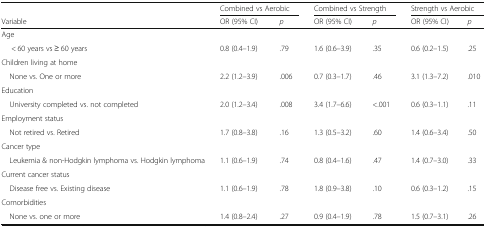
<table><thead><tr><td></td><td colspan="2"><b>Combined vs Aerobic</b></td><td colspan="2"><b>Combined vs Strength</b></td><td colspan="2"><b>Strength vs Aerobic</b></td></tr><tr><td><b>Variable</b></td><td><b>OR (95% CI)</b></td><td><b><i>p</i></b></td><td><b>OR (95% CI)</b></td><td><b><i>p</i></b></td><td><b>OR (95% CI)</b></td><td><b><i>p</i></b></td></tr></thead><tbody><tr><td colspan="7">Age</td></tr><tr><td>&lt; 60 years vs ≥ 60 years</td><td>0.8 (0.4–1.9)</td><td>.79</td><td>1.6 (0.6–3.9)</td><td>.35</td><td>0.6 (0.2–1.5)</td><td>.25</td></tr><tr><td colspan="7">Children living at home</td></tr><tr><td> None vs. One or more</td><td>2.2 (1.2–3.9)</td><td>.006</td><td>0.7 (0.3–1.7)</td><td>.46</td><td>3.1 (1.3–7.2)</td><td>.010</td></tr><tr><td colspan="7">Education</td></tr><tr><td> University completed vs. not completed</td><td>2.0 (1.2–3.4)</td><td>.008</td><td>3.4 (1.7–6.6)</td><td>&lt;.001</td><td>0.6 (0.3–1.1)</td><td>.11</td></tr><tr><td colspan="7">Employment status</td></tr><tr><td> Not retired vs. Retired</td><td>1.7 (0.8–3.8)</td><td>.16</td><td>1.3 (0.5–3.2)</td><td>.60</td><td>1.4 (0.6–3.4)</td><td>.50</td></tr><tr><td colspan="7">Cancer type</td></tr><tr><td> Leukemia &amp; non-Hodgkin lymphoma vs. Hodgkin lymphoma</td><td>1.1 (0.6–1.9)</td><td>.74</td><td>0.8 (0.4–1.6)</td><td>.47</td><td>1.4 (0.7–3.0)</td><td>.33</td></tr><tr><td colspan="7">Current cancer status</td></tr><tr><td> Disease free vs. Existing disease</td><td>1.1 (0.6–1.9)</td><td>.78</td><td>1.8 (0.9–3.8)</td><td>.10</td><td>0.6 (0.3–1.2)</td><td>.15</td></tr><tr><td colspan="7">Comorbidities</td></tr><tr><td> None vs. one or more</td><td>1.4 (0.8–2.4)</td><td>.27</td><td>0.9 (0.4–1.9)</td><td>.78</td><td>1.5 (0.7–3.1)</td><td>.26</td></tr></tbody></table>